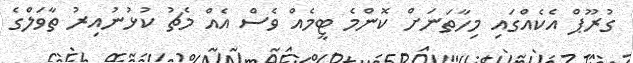
ގުރޫޕް އެކެއްގައި މިހާތަނަށް ކޮންމެ ޓީމެއް ވެސް އެއް މެޗު ކުޅުނުއިރު ތާވަލްގެ